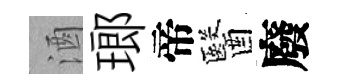
酒瑯帝醫廢